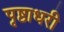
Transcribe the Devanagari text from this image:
पृष्ठाधरी